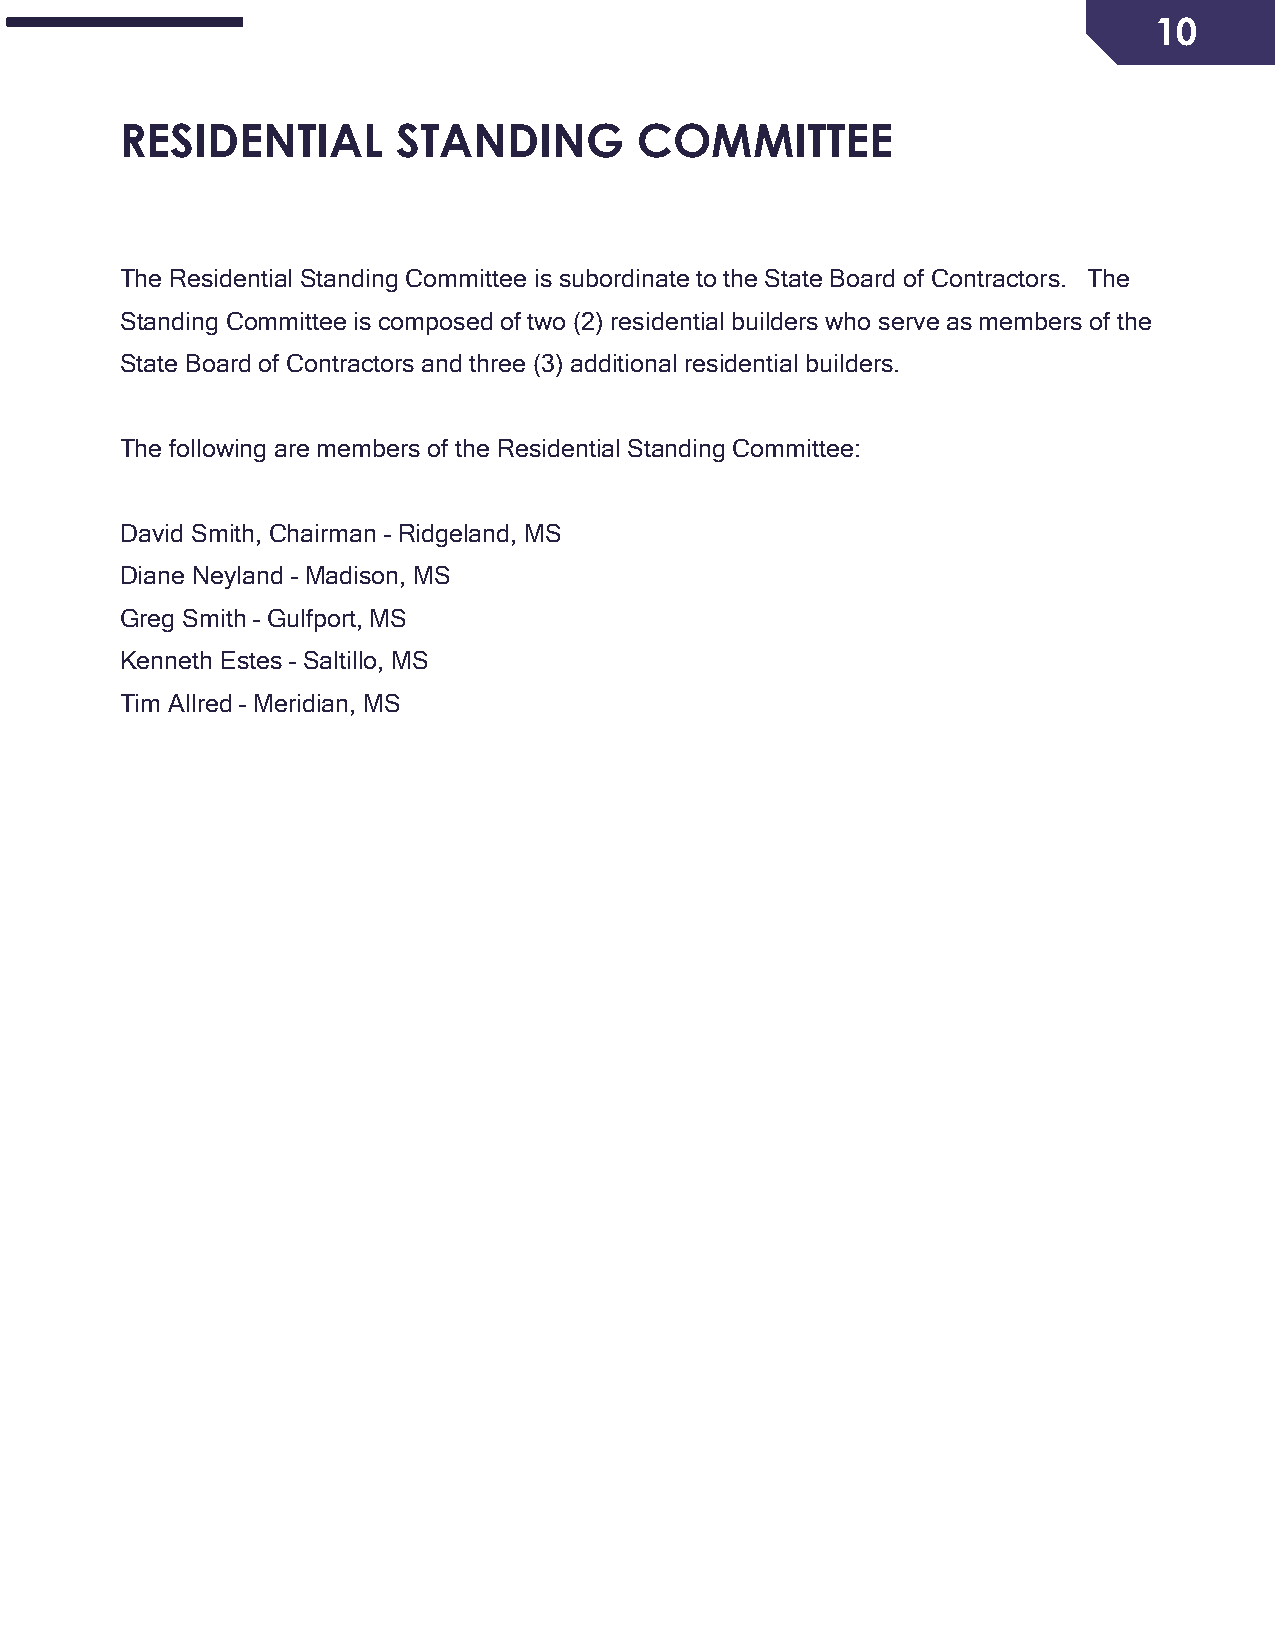
10
 RESIDENTIAL       STANDING        COMMITTEE
 The Residential Standing Committee is subordinate to the State Board of Contractors. The
 Standing Committee is composed of two (2) residential builders who serve as members of the
 State Board of Contractors and three (3) additional residential builders.
 The following are members of the Residential Standing Committee:
 David Smith, Chairman – Ridgeland, MS
 Diane Neyland – Madison, MS
 Greg Smith – Gulfport, MS
 Kenneth Estes – Saltillo, MS
 Tim Allred – Meridian, MS